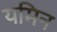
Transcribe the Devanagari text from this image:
यमिन